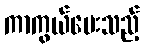
ကာကွယ်ပေးသည့်